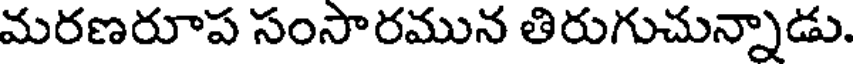
మరణరూప సంసారమున తిరుగుచున్నాడు.